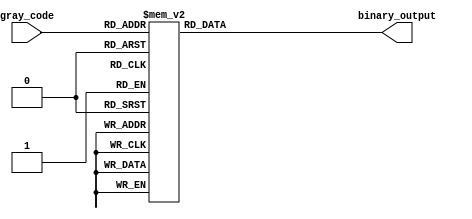
module gray_code_decoder (
    input wire [3:0] gray_code,
    output reg [3:0] binary_output
);

always @(*) begin
    case (gray_code)
        4'b0001: binary_output = 4'b0000;
        4'b0011: binary_output = 4'b0001;
        4'b0010: binary_output = 4'b0010;
        4'b0110: binary_output = 4'b0011;
        4'b0111: binary_output = 4'b0100;
        4'b0101: binary_output = 4'b0101;
        4'b0100: binary_output = 4'b0110;
        4'b1100: binary_output = 4'b0111;
        4'b1101: binary_output = 4'b1000;
        4'b1111: binary_output = 4'b1001;
        4'b1110: binary_output = 4'b1010;
        4'b1010: binary_output = 4'b1011;
        4'b1011: binary_output = 4'b1100;
        4'b1001: binary_output = 4'b1101;
        4'b1000: binary_output = 4'b1110;
        default: binary_output = 4'b0000; // handle any invalid input
    endcase
end

endmodule